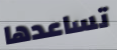
تساعدها